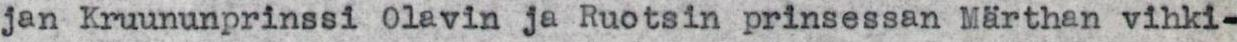
jan Kruununprinssi Olavin ja Ruotsin prinsessan Märthan vihki-